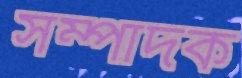
সম্পাদক